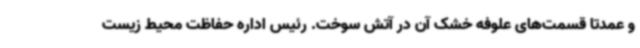
و عمدتا قسمت‌های علوفه خشک آن در آتش سوخت. رئیس اداره حفاظت محیط زیست